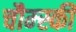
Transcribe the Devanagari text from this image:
चौम्स्की